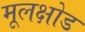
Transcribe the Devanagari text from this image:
मूलक्षोड